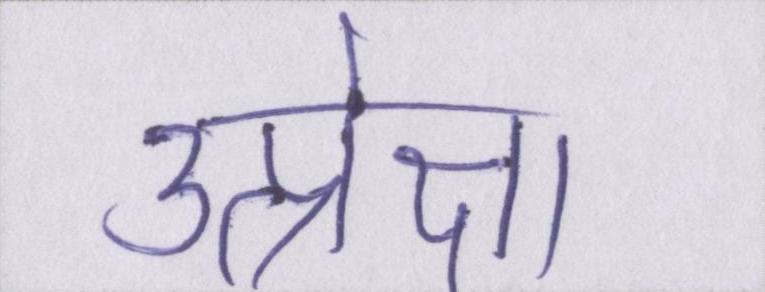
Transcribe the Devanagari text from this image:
उत्प्रेक्षा